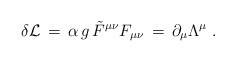
LaTeX: \begin{align*}\delta {\cal L} \,=\, \alpha \, g \,{\tilde F}^{\mu \nu} F_{\mu \nu}\,=\, \partial_{\mu} \Lambda^{\mu} \;.\end{align*}